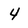
Character: 4